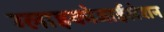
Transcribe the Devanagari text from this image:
ग्लाइकोजाईलेशन